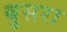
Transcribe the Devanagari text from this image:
बुसरा